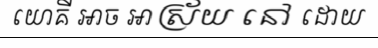
យោគី ឤច ឤស្រ័យ នៅ ដោយ